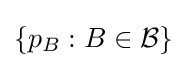
\left\{p_{B}:B\in {\mathcal {B}}\right\}